Vaccination report Assam 1896-1927 - 1896-1927
Year: 1896
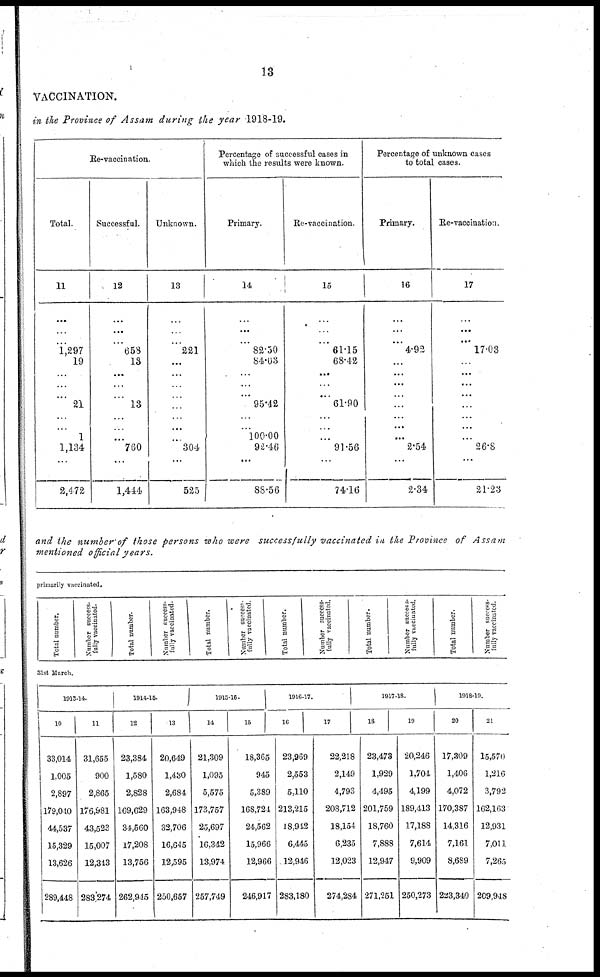
13
VACCINATION.
in the Province of Assam during the year 1918-19.
Re-vaccination.
Total.
11
...
...
...
1,297
19
...
...
...
21
...
...
1
1,134
...
2,472
Successful.
12
...
...
...
653
15
...
...
...
13
...
...
...
760
...
1,444
Unknown.
13
...
...
...
221
...
...
...
...
...
...
...
304
...
525
Percentage of successful cases in
which the results were known.
Primary.
14
...
...
...
82.50
84.03
...
...
...
95.42
...
...
100.00
92.46
...
88.56
Re-vaccination.
15
...
...
...
61.15
68.42
...
...
...
61.90
...
...
...
91.56
...
74.16
Percentage of unknown cases
to total cases.
Primary.
16
...
...
...
4.92
...
...
...
...
...
...
...
...
2.54
...
2.34
Re-vaccination.
17
...
...
...
17.03
...
...
...
...
...
...
...
...
26.8
...
21.23
and the number of those persons who were successfully vaccinated in the Province of
Assam
mentioned official years.
primarily vaccinated.
Total number.
Number success-
fully vaccinated.
Total number.
Number success-
fully vaccinated.
Total number.
Number success-
fully vaccinated.
Total number.
Number success-
fully vaccinated.
Total number.
Number success-
fully vaccinated.
Total number.
Number success-
fully vaccinated.
31st March.
1913-14.
10
33,014
1,005
2,897
179,040
44,537
15,329
13,626
289,448
11
31,655
900
2,865
176,981
43,523
15,007
12,343
283,274
1914-16.
12
23,384
1,580
2,828
169,629
34,560
17,208
13,756
262,945
13
20,649
1,430
2,684
163,948
32,706
16,645
12,595
250,657
1915-16.
14
21,309
1,095
5,575
173,757
25,697
16,342
13,974
257,749
15
18,365
945
5,389
168,721
24,562
15,966
12,966
246,917
1916-17.
16
23,969
2,553
5,110
213,215
18,942
6,445
12,946
283,180
17
22,218
2,149
4,793
208,712
18,154
6,235
12,023
274,284
1917-18.
18
23,473
1,929
4,495
201,759
18,760
7,888
12,947
271,251
19
20,246
1,704
4,199
189,413
17,188
7,614
9,909
250,273
1918-19.
20
17,309
1,406
4,072
170,387
14,316
7,161
8,689
223,340
21
15,570
1,216
3,792
162,163
12,931
7,011
7,265
209,948